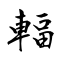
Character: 輻